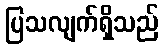
ပြသလျက်ရှိသည်